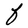
Character: F